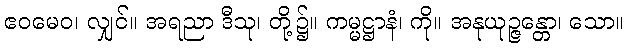
ဧဝမေဝ၊ လျှင်။ အရညာ ဒီသု၊ တို့၌။ ကမ္မဋ္ဌာနံ၊ ကို။ အနုယုဉ္ဇန္တော၊ သော။